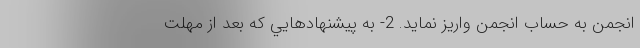
انجمن به حساب انجمن واریز نماید. 2- به پيشنهادهايي كه بعد از مهلت